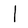
Character: l